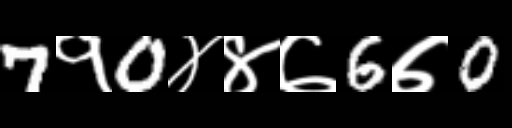
Text: 7१0४४७6७0